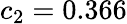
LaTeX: c_{2}=0.366